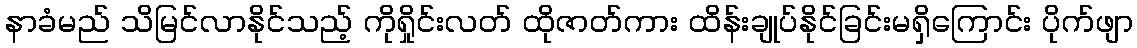
နာခံမည် သိမြင်လာနိုင်သည့် ကိုရှိုင်းလတ် ထိုဇာတ်ကား ထိန်းချုပ်နိုင်ခြင်းမရှိကြောင်း ပိုက်ဖျာ